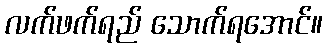
လက်ဖက်ရည် သောက်ရအောင်။